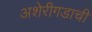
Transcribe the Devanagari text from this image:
अशेरीगडाची